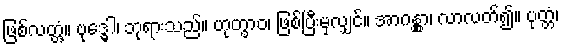
ဖြစ်လတ္တံ့။ ဗုဒ္ဓေါ၊ ဘုရားသည်။ ဟုတွာဝ၊ ဖြစ်ပြီးမှလျှင်။ အာဂန္တွာ၊ လာလတ်၍။ ပုတ္တံ၊